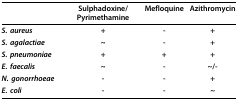
|  | Sulphadoxine/Pyrimethamine | Mefloquine | Azithromycin |
 | --- | --- | --- | --- |
 | S. aureus | + | - | + |
 | S. agalactiae | ~ | - | + |
 | S. pneumoniae | + | + | + |
 | E. faecalis | ~ | - | ~/- |
 | N. gonorrhoeae | - | - | + |
 | E. coli | - | - | ~ |